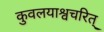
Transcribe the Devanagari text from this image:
कुवलयाश्वचरित्